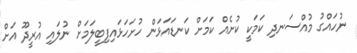
ނުހައްގު މުއްސަނދި ކަމަކީ ކުށެއް ކަމަށް ކަނޑައަޅަން ހުށަހަޅައިފިބީލަމަށް ނުލައި އުރީދޫ އަށް